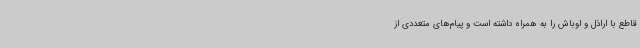
قاطع با اراذل و اوباش را به همراه داشته است و پیام‌های متعددی از